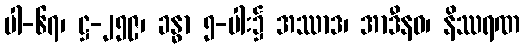
ပါ-၆၇၊ ဋ္ဌ-၂၅၉၊ ခန္ဓာ ၅-ပါး၌ အဿာဒ၊ အာဒီနဝ၊ နိဿရဏ